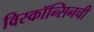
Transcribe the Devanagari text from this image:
विस्कॉन्सिनची